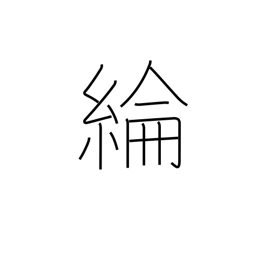
Meaning: silk cloth